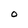
Character: O